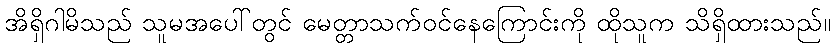
အိရှိဂါမိသည် သူမအပေါ်တွင် မေတ္တာသက်ဝင်နေကြောင်းကို ထိုသူက သိရှိထားသည်။